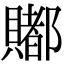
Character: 𧷿